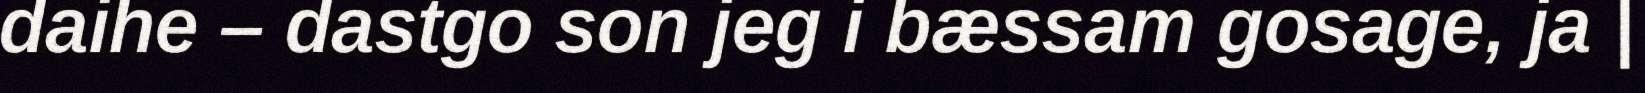
daihe – dastgo son jeg i bæssam gosage, ja |